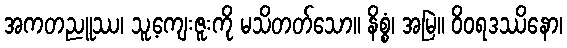
အကတညူဿ၊ သူ့ကျေးဇူးကို မသိတတ်သော။ နိစ္စံ၊ အမြဲ။ ဝိဝရဒဿိနော၊